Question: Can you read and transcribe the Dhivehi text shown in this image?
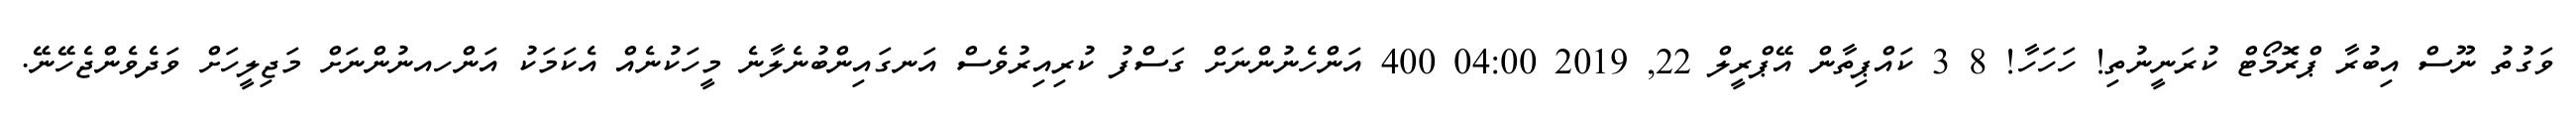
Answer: ވަގުތު ނޫސް އިބުރާ ޕްރޮމޯޓް ކުރަނީނުތި! ހަހަހާ! 8 3 ކައްޕިތާން އޭޕްރީލް 22, 2019 04:00 400 އަންހެނުންނަށް ގަސްފު ކުރިއިރުވެސް އަނގައިންބުނެލާނެ މީހަކުނެއް އެކަމަކު އަންހއނުންނަށް މަޖިލީހަށް ވަދެވެންޖެހޭނޭ.